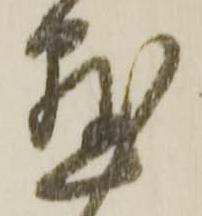
懸